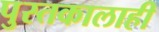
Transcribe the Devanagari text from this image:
पुस्तकालाही